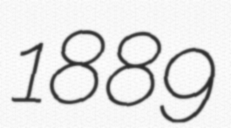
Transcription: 1889